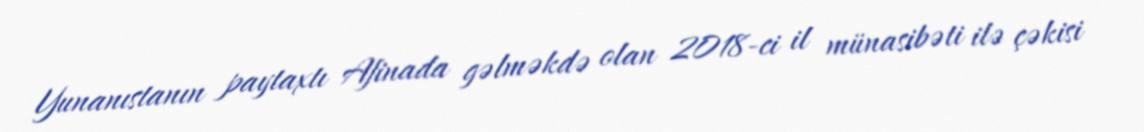
Yunanıstanın paytaxtı Afinada gəlməkdə olan 2018-ci il münasibəti ilə çəkisi